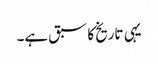
یہی تاریخ کا سبق ہے۔